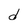
Character: d